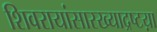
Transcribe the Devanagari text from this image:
शिवरायांसारख्याद्रष्टय़ा